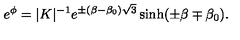
e ^ { \phi } = \vert K \vert ^ { - 1 } e ^ { \pm ( \beta - \beta _ { 0 } ) \sqrt { 3 } } \sinh ( \pm \beta \mp \beta _ { 0 } ) .